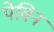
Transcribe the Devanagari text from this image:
पेविन